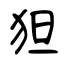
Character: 狚